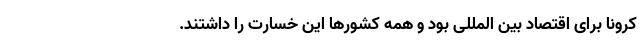
کرونا برای اقتصاد بین المللی بود و همه کشورها این خسارت را داشتند.